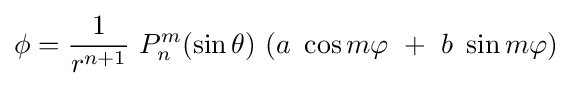
\phi ={\frac {1}{r^{n+1}}}\ P_{n}^{m}(\sin \theta )\ (a\ \cos m\varphi \ +\ b\ \sin m\varphi )